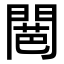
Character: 𮤕